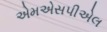
એમએસપીએલ